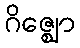
ဂိဇ္ဈော